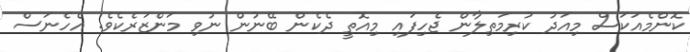
ކޮންމެއަކަސް މިއަދު ކުރިމަތިލާން ޖެހިފައި މިއޮތީ ދެކެން ބޭނުން ނުވި މަންޒަރެކެވެ. އެހެނަސް